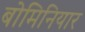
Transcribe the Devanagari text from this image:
बोमिनियार